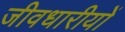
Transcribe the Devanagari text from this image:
जीवधारीयों